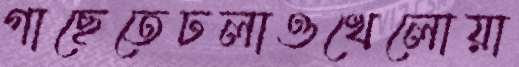
গাছেতেঢলাওখেলোয়া